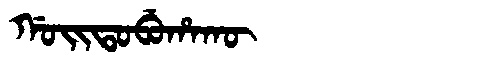
Manchu: ᡤᠣᡳᡨᠣᠪᡠᡥᠠᡴᡡ
Romanization: GOITOBUHAKŪ